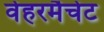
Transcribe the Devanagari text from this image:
वेहरमैचेट